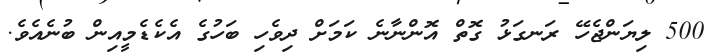
500 ލިޔަންޖެހޭ ރަނގަޅު ގޮތް އޮންނާނެ ކަމަށް ދިވެހި ބަހުގެ އެކެޑެމީއިން ބުނެއެވެ.